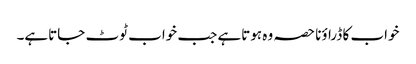
خواب کا ڈراؤنا حصہ وہ ہوتاہے جب خواب ٹوٹ جاتاہے۔